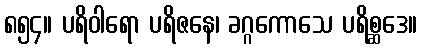
၈၅၄။ ပရိဝါရော ပရိဇနေ၊ ခဂ္ဂကောသေ ပရိစ္ဆဒေ။